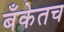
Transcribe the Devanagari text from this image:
बँकेतच